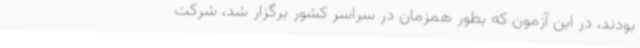
بودند، در این آزمون که بطور همزمان در سراسر کشور برگزار شد، شرکت